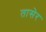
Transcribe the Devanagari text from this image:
तासेर